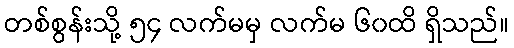
တစ်စွန်းသို့ ၅၄ လက်မမှ လက်မ ၆၀ထိ ရှိသည်။